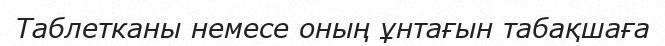
Таблетканы немесе оның ұнтағын табақшаға